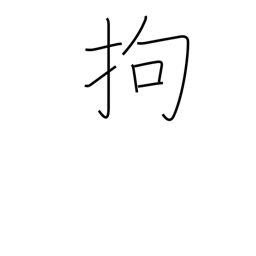
Meaning: adhere to